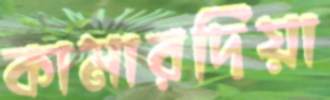
কামারদিয়া